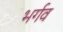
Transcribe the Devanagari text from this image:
भर्गव